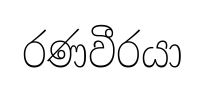
රණවීරයා